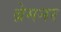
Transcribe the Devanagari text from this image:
ब्रेमनर